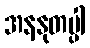
အနနုတပ္ပါ